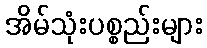
အိမ်သုံးပစ္စည်းများ